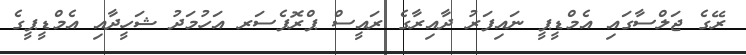
ރޭގެ ޖަލްސާގައި އެމްޑީޕީ ނައިފަރު ދާއިރާގެ ރައީސް ޕްރޮފެސަރ އަހުމަދު ޝަހީދާއި އެމްޑީޕީގެ